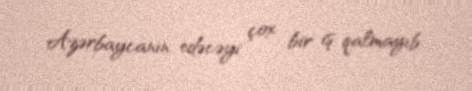
Azərbaycanın edəcəyi çox bir iş qalmayıb.